Calcutta medical institutions reports 1871-78
Year: 1871
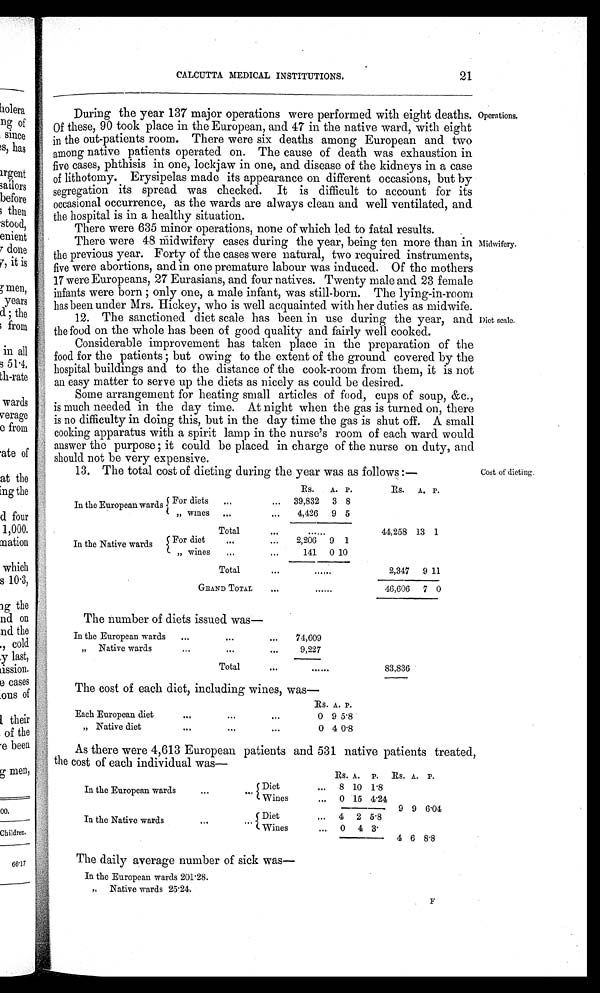
CALCUTTA MEDICAL INSTITUTIONS.
21
During the year 137 major operations were performed with eight deaths.
Of these, 90 took place in the European, and 47 in the native ward, with eight
in the out-patients room. There were six deaths among European and two
among native patients operated on. The cause of death was exhaustion in
five cases, phthisis in one, lockjaw in one, and disease of the kidneys in a case
of lithotomy. Erysipelas made its appearance on different occasions, but by
segregation its spread was checked. It is difficult to account for its
occasional occurrence, as the wards are always clean and well ventilated, and
the hospital is in a healthy situation.
There were 635 minor operations, none of which led to fatal results.
There were 48 midwifery cases during the year, being ten more than in
the previous year. Forty of the cases were natural, two required instruments,
five were abortions, and in one premature labour was induced. Of the mothers
17 were Europeans, 27 Eurasians, and four natives. Twenty male and 23 female
infants were born; only one, a male infant, was still-born. The lying-in-room
has been under Mrs. Hickey, who is well acquainted with her duties as midwife.
12. The sanctioned diet scale has been in use during the year, and
the food on the whole has been of good quality and fairly well cooked.
Considerable improvement has taken place in the preparation of the
food for the patients; but owing to the extent of the ground covered by the
hospital buildings and to the distance of the cook-room from them, it is not
an easy matter to serve up the diets as nicely as could be desired.
Some arrangement for heating small articles of food, cups of soup, &c.,
is much needed in the day time. At night when the gas is turned on, there
is no difficulty in doing this, but in the day time the gas is shut off. A small
cooking apparatus with a spirit lamp in the nurse's room of each ward would
answer the purpose; it could be placed in charge of the nurse on duty, and
should not be very expensive.
Operations.
Midwifery.
Diet scale.
13. The total cost of dieting during the year was as follows:—
R s .
A . P .
Rs. A.
P .
In the European wards For diets
. . . ... 39,832 3 8
" wines
. . .
...
4,426 9 5
Total
. . .
......
44,258 13 1
In the Native wards
For diet
. . .
. . .
2,206 9 1
" wines
. . .
. . .
141 0 10
Total
. . . ......
2,347 9 11
GRAND TOTAL
...
......
46,606 7 0
The number of diets issued was—
In the European wards
...
. . .
...
74,609
" Native wards
...
...
. . .
9,227
Total
. . .
......
83,836
The cost of each diet, including wines, was—
Each European diet
" Native diet
...
...
...
...
. . .
...
Rs. A. P.
0 9 5·8
0 4 0·8
Cost of dieting.
As there were 4,613 European patients and 531 native patients treated,
the cost of each individual was—
In the European wards
. . .
. . . Diet
...
Rs.
8
A.
10
P.
1 · 8
Rs. A. P.
Wines
... 0 15
4· 24
9 9
6·04
In the Native wards
. . .
. . . Diet
...
4
2
5·8
Wines
... 0 4 3·
4 6 8·8
The daily average number of sick was—
In the European wards 201·28.
"Native wards 25·24.
F